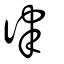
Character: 律